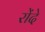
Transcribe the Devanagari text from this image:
रोंदे